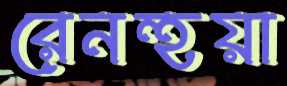
রেনহুয়া